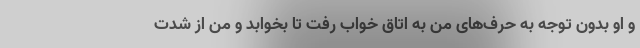
و او بدون توجه به حرف‌های من به اتاق خواب رفت تا بخوابد و من از شدت